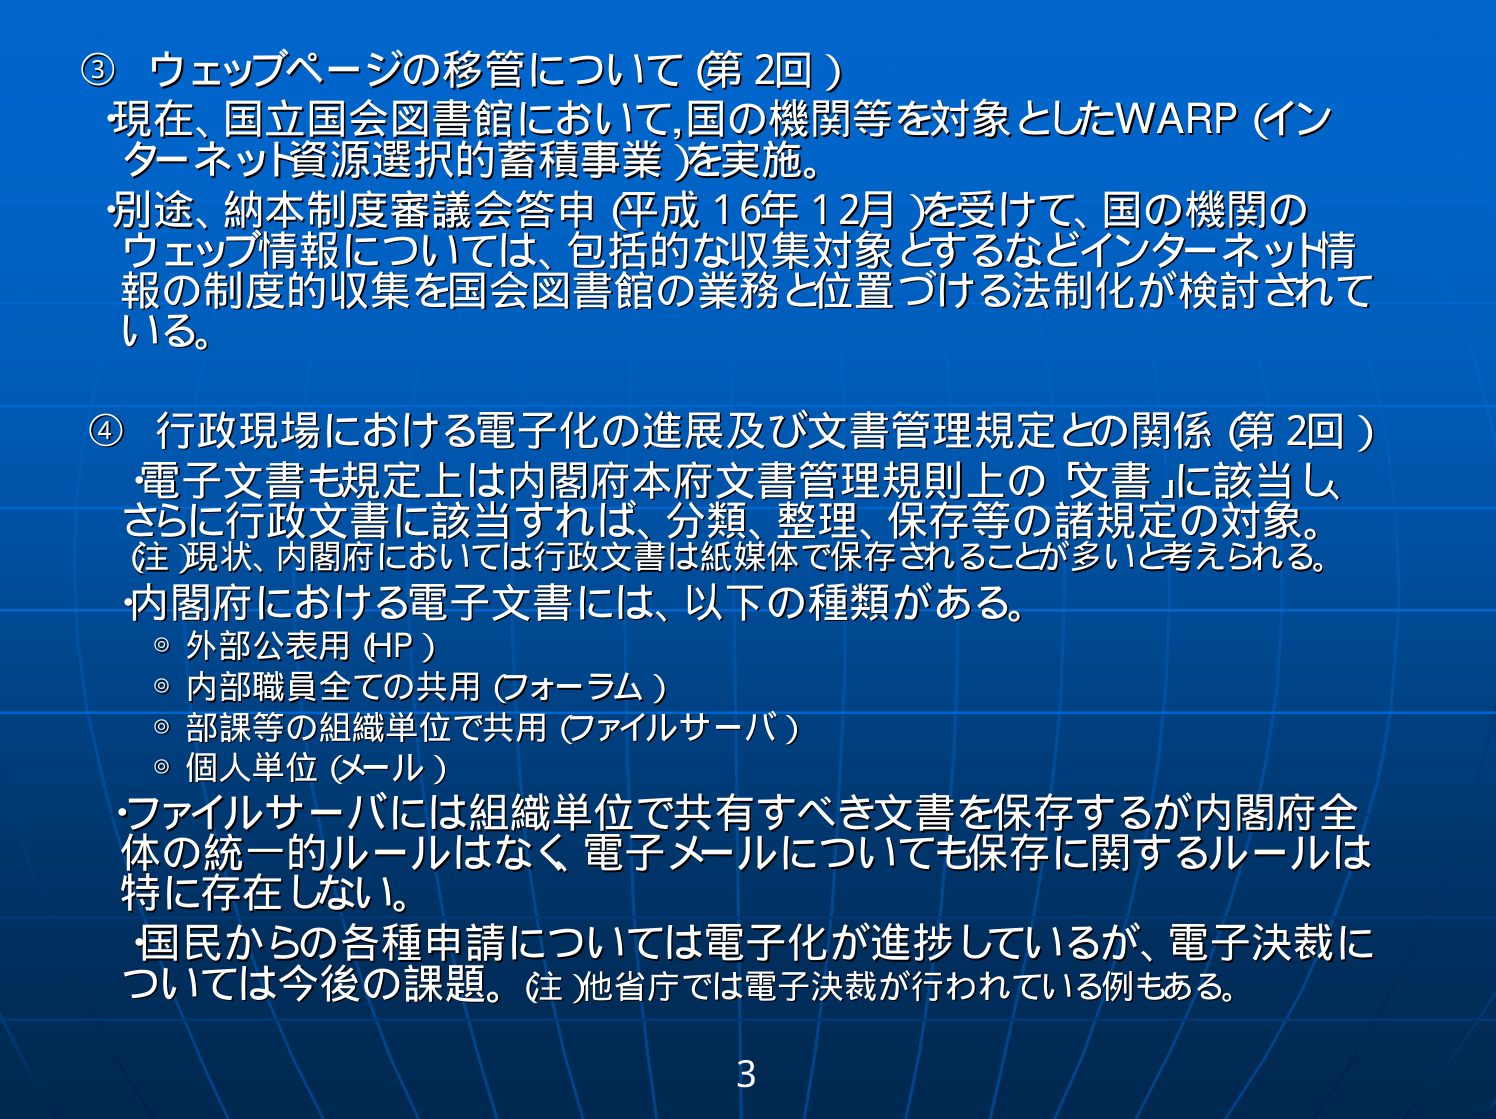
③ ウェブページの移管について（第2回）
現在、国立国会図書館において、国の機関等を対象としたWARP（インターネット資源選択的蓄積事業）を実施。
別途、納本制度審議会答申（平成16年12月）を受けて、国の機関のウェブ情報については、包括的な収集対象とするなどインターネット情報の制度的収集を国会図書館の業務と位置づける法制化が検討されている。

④ 行政現場における電子化の進展及び文書管理規定との関係（第2回）
・電子文書も規定上は内閣府本府文書管理規則上の「文書」に該当し、さらに行政文書に該当すれば、分類、整理、保存等の諸規定の対象。
（注）現状、内閣府においては行政文書は紙媒体で保存されることが多いと考えられる。
・内閣府における電子文書には、以下の種類がある。
　◎ 外部公表用（HP）
　◎ 内部職員全ての共用（フォーラム）
　◎ 部課等の組織単位で共用（ファイルサーバ）
　◎ 個人単位（メール）
・ファイルサーバには組織単位で共有すべき文書を保存するが内閣府全体の統一的ルールはなく、電子メールについても保存に関するルールは特に存在しない。
・国民からの各種申請については電子化が進捗しているが、電子決裁については今後の課題。（注）他省庁では電子決裁が行われている例もある。

3